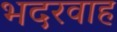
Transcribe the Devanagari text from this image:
भदरवाह